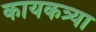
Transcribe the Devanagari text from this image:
कायकत्र्या